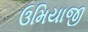
ઉમિયાજી